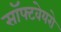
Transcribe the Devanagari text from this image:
सॉफ्टवेयरो